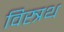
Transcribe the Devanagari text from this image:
विस्त्रथ